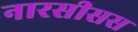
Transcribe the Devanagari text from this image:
नारसीसस